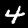
Label: 4